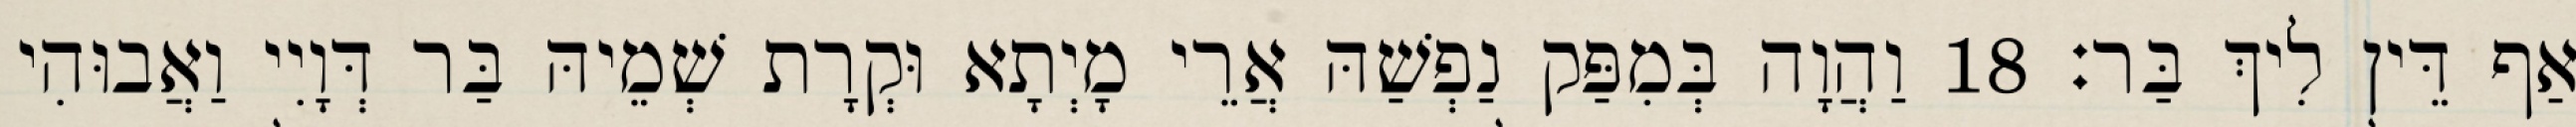
אַף דֵּין לִיךְ בַּר׃ 18 וַהֲוָה בְּמִפַּק נַפְשַׁהּ אֲרֵי מָיְתָא וּקְרָת שְׁמֵיהּ בַּר דְּוָיִי וַאֲבוּהִי